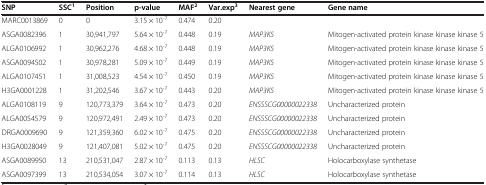
| SNP | SSC1 | Position | p-value | MAF2 | Var.exp3 | Nearest gene | Gene name |
 | --- | --- | --- | --- | --- | --- | --- | --- |
 | MARC0013869 | 0 | 0 | 3.15 × 10-7 | 0.474 | 0.20 |  |  |
 | ASGA0082396 | 1 | 30,941,797 | 5.64 × 10-7 | 0.448 | 0.19 | MAP3K5 | Mitogen-activated protein kinase kinase kinase 5 |
 | ALGA0106992 | 1 | 30,962,276 | 4.68 × 10-7 | 0.448 | 0.19 | MAP3K5 | Mitogen-activated protein kinase kinase kinase 5 |
 | ASGA0094502 | 1 | 30,978,281 | 5.09 × 10-7 | 0.449 | 0.19 | MAP3K5 | Mitogen-activated protein kinase kinase kinase 5 |
 | ALGA0107451 | 1 | 31,008,523 | 4.54 × 10-7 | 0.450 | 0.19 | MAP3K5 | Mitogen-activated protein kinase kinase kinase 5 |
 | H3GA0001228 | 1 | 31,202,546 | 3.67 × 10-7 | 0.443 | 0.20 | MAP3K5 | Mitogen-activated protein kinase kinase kinase 5 |
 | ALGA0108119 | 9 | 120,773,379 | 3.64 × 10-7 | 0.473 | 0.20 | ENSSSCG00000022338 | Uncharacterized protein |
 | ALGA0054579 | 9 | 120,972,491 | 2.49 × 10-7 | 0.473 | 0.20 | ENSSSCG00000022338 | Uncharacterized protein |
 | DRGA0009690 | 9 | 121,359,360 | 6.02 × 10-7 | 0.475 | 0.20 | ENSSSCG00000022338 | Uncharacterized protein |
 | H3GA0028049 | 9 | 121,407,081 | 5.02 × 10-7 | 0.475 | 0.20 | ENSSSCG00000022338 | Uncharacterized protein |
 | ASGA0089950 | 13 | 210,531,047 | 2.87 × 10-7 | 0.113 | 0.13 | HLSC | Holocarboxylase synthetase |
 | ASGA0097399 | 13 | 210,534,054 | 3.07 × 10-7 | 0.114 | 0.13 | HLSC | Holocarboxylase synthetase |